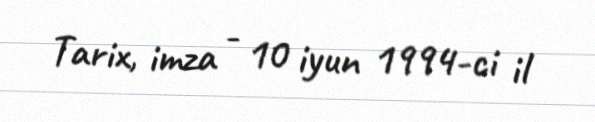
Tarix, imza - 10 iyun 1994-ci il